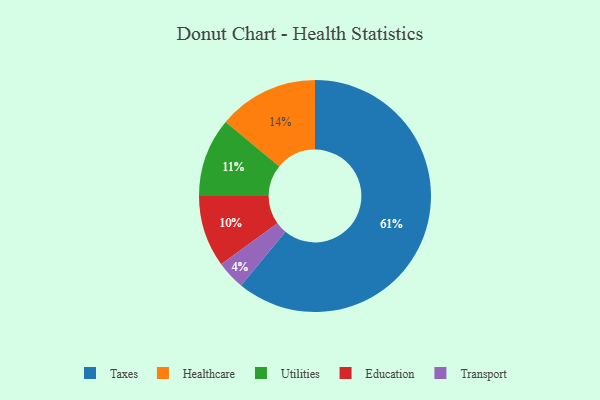
{"axis": {"x": "Category", "y": "Percentage"}, "legend": ["Education", "Healthcare", "Taxes", "Transport", "Utilities"], "data": [{"x": "Taxes", "y": 61, "type": "Taxes"}, {"x": "Transport", "y": 4, "type": "Transport"}, {"x": "Education", "y": 10, "type": "Education"}, {"x": "Utilities", "y": 11, "type": "Utilities"}, {"x": "Healthcare", "y": 14, "type": "Healthcare"}]}